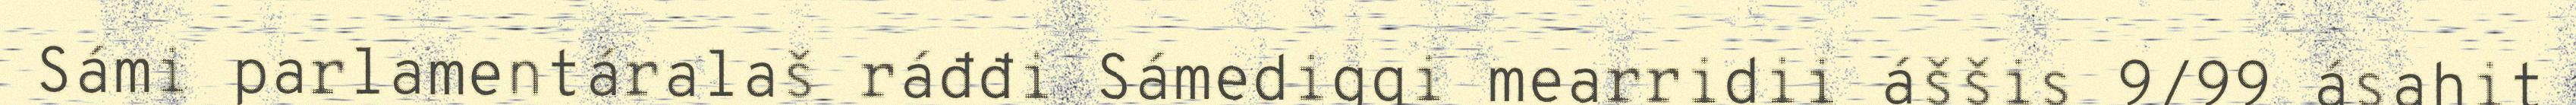
Sámi parlamentáralaš ráđđi Sámediggi mearridii áššis 9/99 ásahit